Scottish Leaving Certificate Examination, 1960
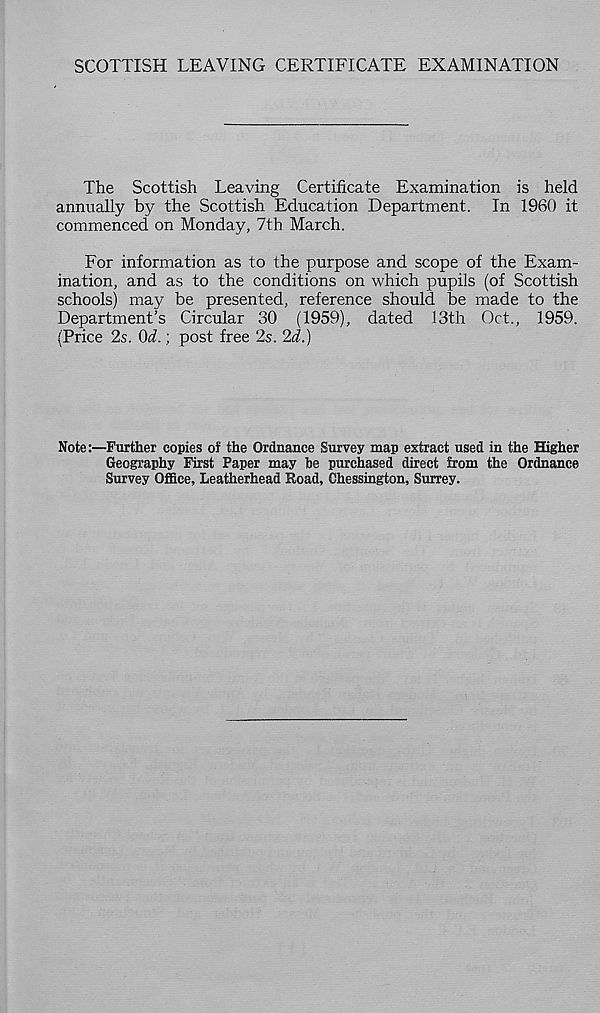
SCOTTISH LEAVING CERTIFICATE EXAMINATION
The Scottish Leaving Certificate Examination is held
annually by the Scottish Education Department. In 1960 it
commenced on Monday, 7th March.
For information as to the purpose and scope of the Exam-
ination, and as to the conditions on which pupils (of Scottish
schools) may be presented, reference should be made to the
Department’s Circular 30 (1959), dated J3th Oct., 1959.
(Price 2s. Ocf.; post free 2s. 2d.)
Note:—Further copies of the Ordnance Survey map extract used in the Higher
Geography First Paper may be purchased direct from the Ordnance
Survey Office, Leatherhead Road, Chessington, Surrey.